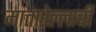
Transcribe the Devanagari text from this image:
मात्तारेल्लाची